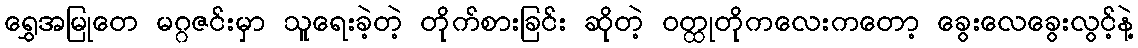
ရွှေအမြုတေ မဂ္ဂဇင်းမှာ သူရေးခဲ့တဲ့ တိုက်စားခြင်း ဆိုတဲ့ ဝတ္ထုတိုကလေးကတော့ ခွေးလေခွေးလွင့်နဲ့